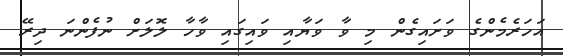
އަހަރެމެންގެ ވަށައިގެން މި ވާ ވަޔާއި ވައިގައި ވާހާ ލޮލަށް ނުފެންނަ ދިރޭ